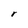
Character: r